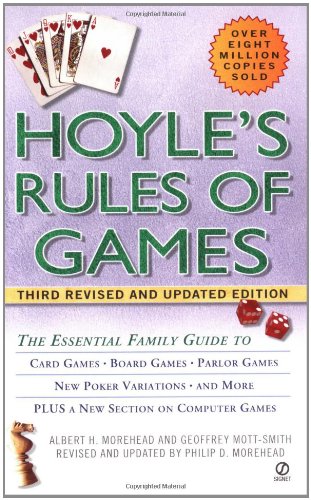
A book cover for Hoyle's Rules of Games; Albert H. Morehead; Humor & Entertainment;